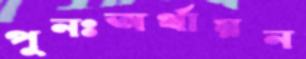
পুনঃঅর্থায়ন